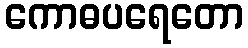
ကောဓပရေတော